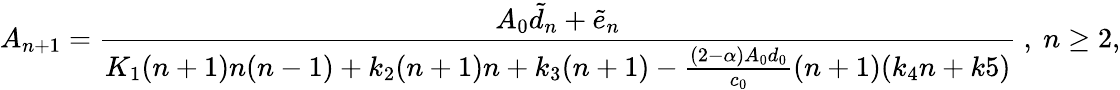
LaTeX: A_{n+1}=\frac{A_{0}\tilde{d}_{n}+\tilde{e}_{n}}{K_{1}(n+1)n(n-1)+k_{2}(n+1)n+k_{3}(n+1)-\frac{(2-\alpha)A_{0}d_{0}}{c_{0}}(n+1)(k_{4}n+k5)}~,~n\geq 2,